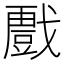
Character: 𭟾